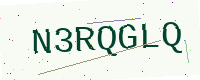
Text: N3RQGLQ